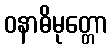
ဝနာဓိမုတ္တော